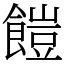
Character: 䭓